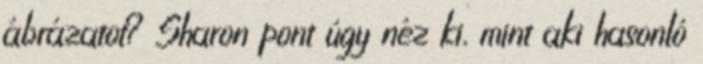
ábrázatot? Sharon pont úgy néz ki, mint aki hasonló